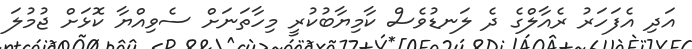
އަދި އެފަހަރު ރެއާލްގެ ދެ ލަނޑުވެސް ކާމިޔާބުކުރީ މިހާތަނަށް ސެވިއްޔާ ކޮޅަށް ޖުމުލަ